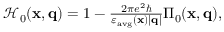
\begin{array} { r } { \mathcal { H } _ { 0 } ( \mathbf { x } , \mathbf { q } ) = 1 - \frac { 2 \pi e ^ { 2 } \hbar } { \varepsilon _ { \mathrm { a v g } } ( \mathbf { x } ) | \mathbf { q } | } \Pi _ { 0 } ( \mathbf { x } , \mathbf { q } ) , } \end{array}